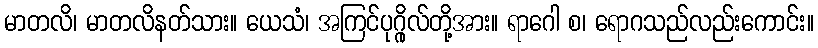
မာတလိ၊ မာတလိနတ်သား။ ယေသံ၊ အကြင်ပုဂ္ဂိုလ်တို့အား။ ရာဂေါ စ၊ ရောဂသည်လည်းကောင်း။